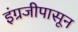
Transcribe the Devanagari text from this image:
इंग्रजीपासून